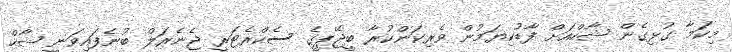
މިކަމާ ގުޅިގެން ޝާހްއަށް ފާޑުކިޔަމުން ވެރިކަންކުރާ ބީޖޭޕީގެ ސެކްރެޓަރީ ޖެނެރަލް ބުނެފައިވަނީ ޝާހް